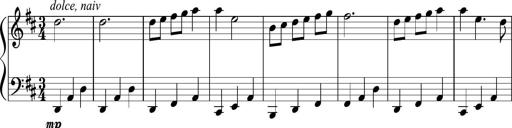
Title: Sonatine Nr.1 in C-Dur
Composer: DÃ©sirÃ©e Manns
Key: C major